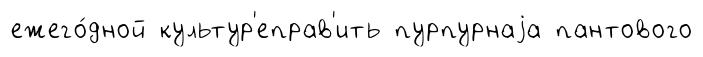
ежего́дной культур'еправ'ить пурпурнаjа пантового